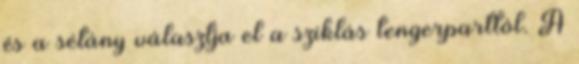
és a sétány választja el a sziklás tengerparttól. A